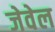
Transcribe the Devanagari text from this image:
जेवेल